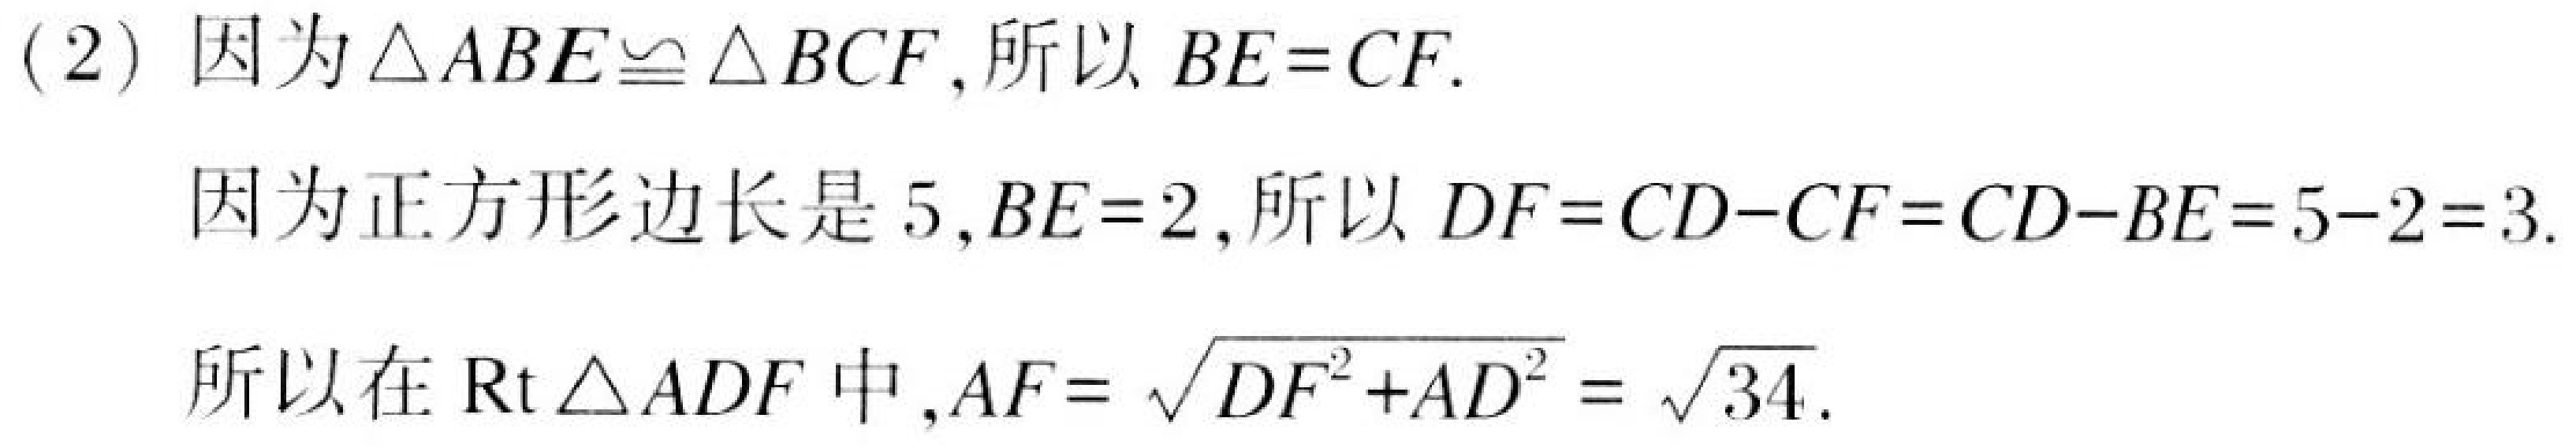
(2) 因为\(\triangle ABE\cong\triangle BCF\)，所以 \(BE = CF\).
因为正方形边长是 \(5\)，\(BE = 2\)，所以 \(DF=CD - CF=CD - BE=5 - 2 = 3\).
所以在 \(\text{Rt}\triangle ADF\) 中，\(AF=\sqrt{DF^{2}+AD^{2}}=\sqrt{34}\).